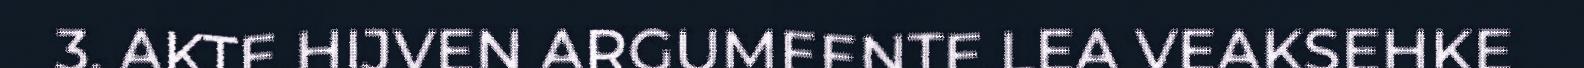
3. AKTE HIJVEN ARGUMEENTE LEA VEAKSEHKE